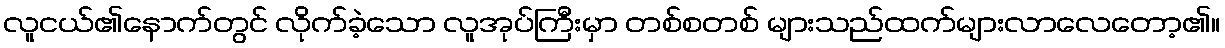
လူငယ်၏နောက်တွင် လိုက်ခဲ့သော လူအုပ်ကြီးမှာ တစ်စတစ် များသည်ထက်များလာလေတော့၏။